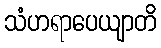
သံဟရာပေယျာတိ